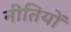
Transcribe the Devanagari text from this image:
नीतियों